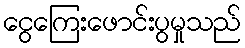
ငွေကြေးဖောင်းပွမှုသည်